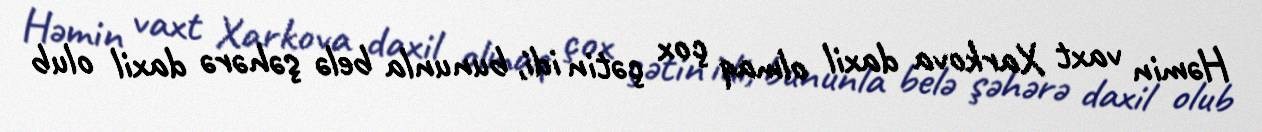
Həmin vaxt Xarkova daxil olmaq çox çətin idi, bununla belə şəhərə daxil olub